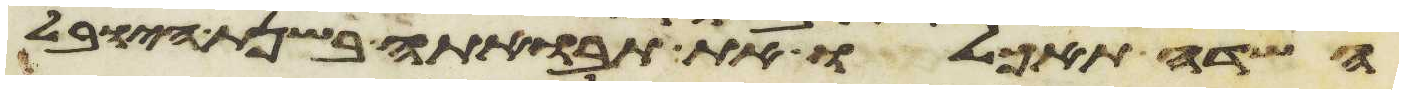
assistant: השדה תאכלו את תבואתה בשנת היובל